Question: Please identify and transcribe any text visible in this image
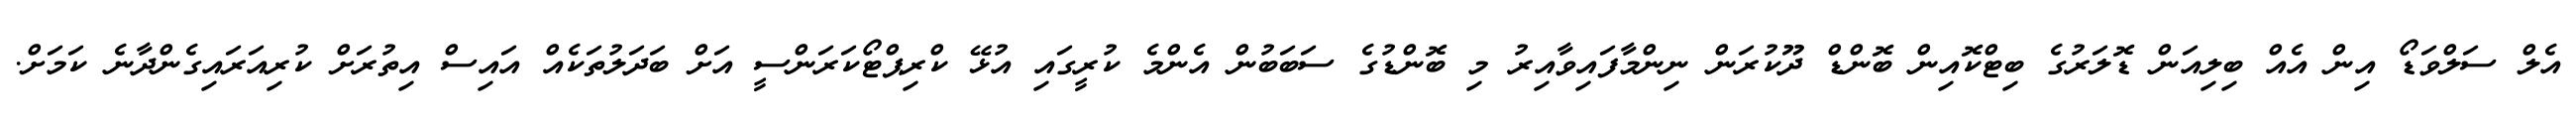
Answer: އެލް ސަލްވަޑޯ އިން އެއް ބިލިއަން ޑޮލަރުގެ ބިޓްކޮއިން ބޮންޑް ދޫކުރަން ނިންމާފައިވާއިރު މި ބޮންޑުގެ ސަބަބުން އެންމެ ކުރީގައި އުޅޭ ކްރިޕްޓޯކަރަންސީ އަށް ބަދަލުތަކެއް އައިސް އިތުރަށް ކުރިއަރައިގެންދާނެ ކަމަށް.